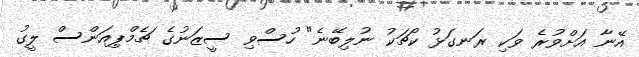
އޭނާ އަށްވުރެ ވަކި ރަނގަޅު ކޯޗަކު ނުލިބޭނެ" ހުސްވި ސީޒަނުގެ ޗެމްޕިއަންސް ލީގު